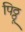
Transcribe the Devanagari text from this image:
पिठ्ठू